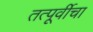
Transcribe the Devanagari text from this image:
तत्पूर्वीचा